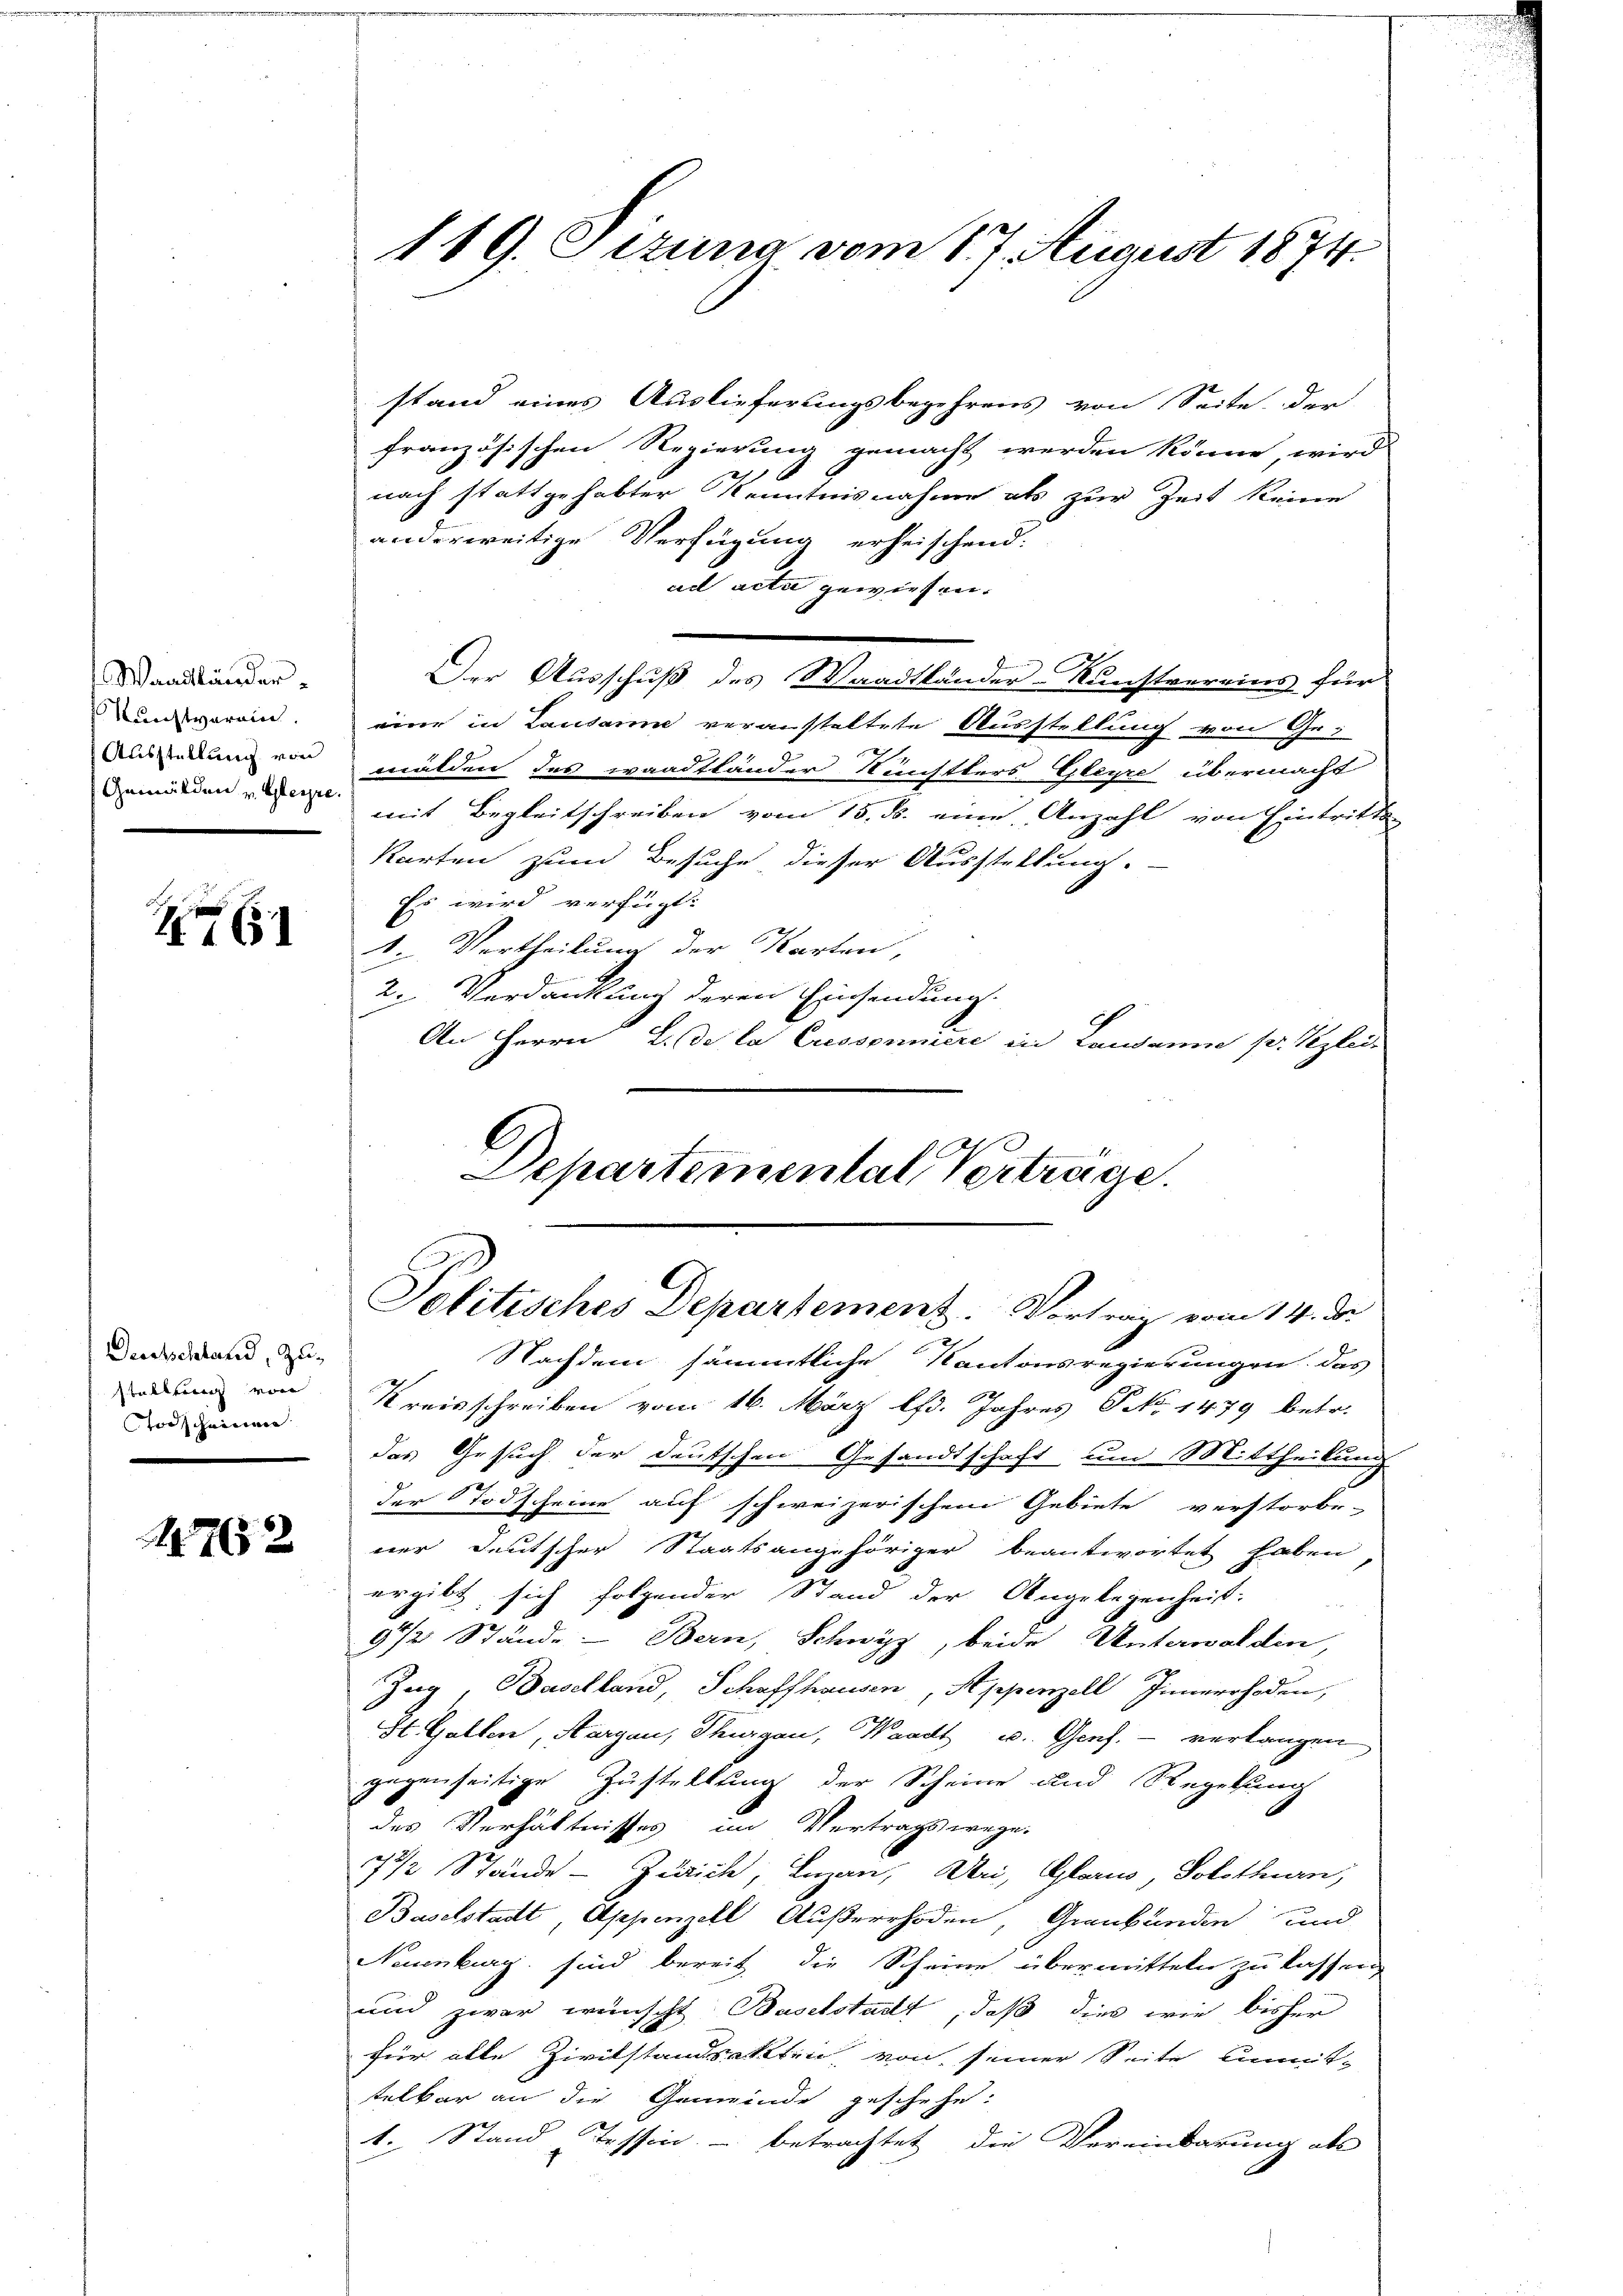
Waadtländer
Kunstverein.
Ausstellung von
Gemälden u. Gespre

Z 651

Derchschland, zuvorscheinen

1762

119. Jczuna vom 17. August 1874.

stand eines Auslieferungsbegehrens von Seite der
französischen Regierung gemacht werden könne, wird
nach stattgehabter Kenntnisnahme als zur Zeit keine
anderweitige Verfügung erheischend:
ad acti gewiesen.
Der Ausschuß des Waadtländer-Kunstvereins für
eine in Lausann veranstaltete Ausstellung von Gewälden des waadtländer Nünstlers Gleyre übermacht
mit Begleitschreiben vom 15. ds. eine Anzahl von Eintritte
Karten zum Besuche dieser Ausstellung.
Es wird verfügt:
1. Vertheilung der Karten,
2. Verdankung deren Einsendung.
An Herrn L. de la Cressonniere in Landamne pr. Pezlei-
Departemental Verträge.

Politisches Departement. Vortrag vom 14. ds.

Nachdem sämmtliche Kantonsregierungen das
 von Kreisschreiben vom 16. März lfd. Jahres Pro. 1479 betr.
das Gesuch der deutschen Gesandtschaft um Mittheilung
der Todscheine auf schweizerischen Gebiete verstorbe-
ner deutscher Staatsangehöriger beantwortet haben
ergibt sich folgender Stand der Angelegenheit.
9 1/2 Stände Bern, Schwyz, beide Unterwalden,
Zug, Baselland, Schaffhausen, Appenzell Innerrhoden,
St. Gallen, Aargau, Thurgau, Waadt u. Genf. - verlangen
gegenseitige Zustellung der Scheine und Regelung
des Verhältnisses im Vertrags wege.
7 1/2 Stände - Zürich, Luzan, Uri, Glarus, Solothurn,
Baselstadt, Appenzell Außerrhoden, Graubünden und
Neuenburg sind bereit die Scheine übermitteln zu lassen
und zwar wünscht Baselstalt, daß dies wie bisher
für alle Zivilstandsaktten, von seiner Seite unmit-
telbar an die Gemeinde geschehe.
1. Stand Tessin – betrachtet die Vereinbarung als

.